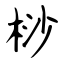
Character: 桫